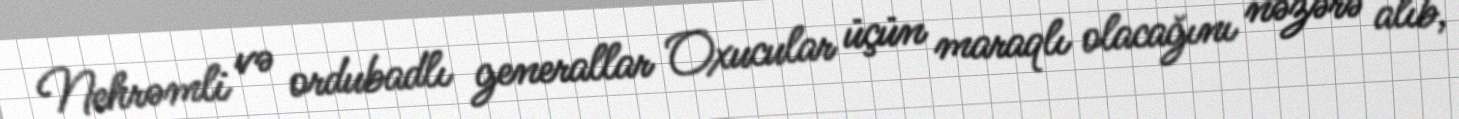
Nehrəmli və ordubadlı generallar Oxucular üçün maraqlı olacağını nəzərə alıb,